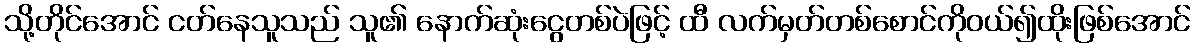
သို့တိုင်အောင် ငတ်နေသူသည် သူ၏ နောက်ဆုံးငွေတစ်ပဲဖြင့် ထီ လက်မှတ်တစ်စောင်ကိုဝယ်၍ထိုးဖြစ်အောင်